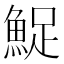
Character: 𬵔